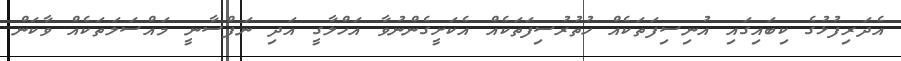
އެދަރިފުޅުގެ ކިބައިގައި އުނިސިފަތަކެއް ހުތުރުސިފަތަކެއް އެކަށީގެންނުވާ އަހްލާގީ އަދި ނަފްސާނީ މައްސަލަތަކެއް ވާކަން